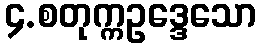
၄.စတုက္ကဥဒ္ဒေသော